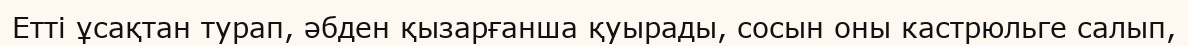
Етті ұсақтан турап, әбден қызарғанша қуырады, сосын оны кастрюльге салып,